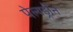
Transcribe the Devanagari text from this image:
पेल्यड्रीन